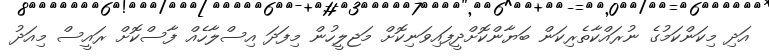
އަދި މިކަންކަމުގެ ނުރައްކާތެރިކަން ބަޔާންކޮށްދީފައިވަނިކޮށް މަޖލީހުން މިފަދަ އިސްލާހެއް ފާސްކޮށް ރައީސް މިއަދު